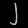
Digit: ၂